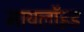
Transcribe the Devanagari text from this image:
मायलॉइड